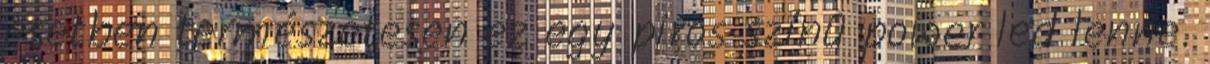
esetben természetesen ez egy piros színû power led lenne.